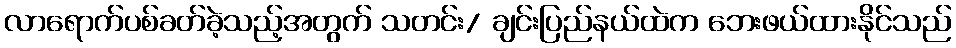
လာရောက်ပစ်ခတ်ခဲ့သည့်အတွက် သတင်း/ ချင်းပြည်နယ်ထဲက ဘေးဖယ်ထားနိုင်သည်